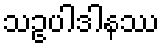
သဥပါဒါနဿ